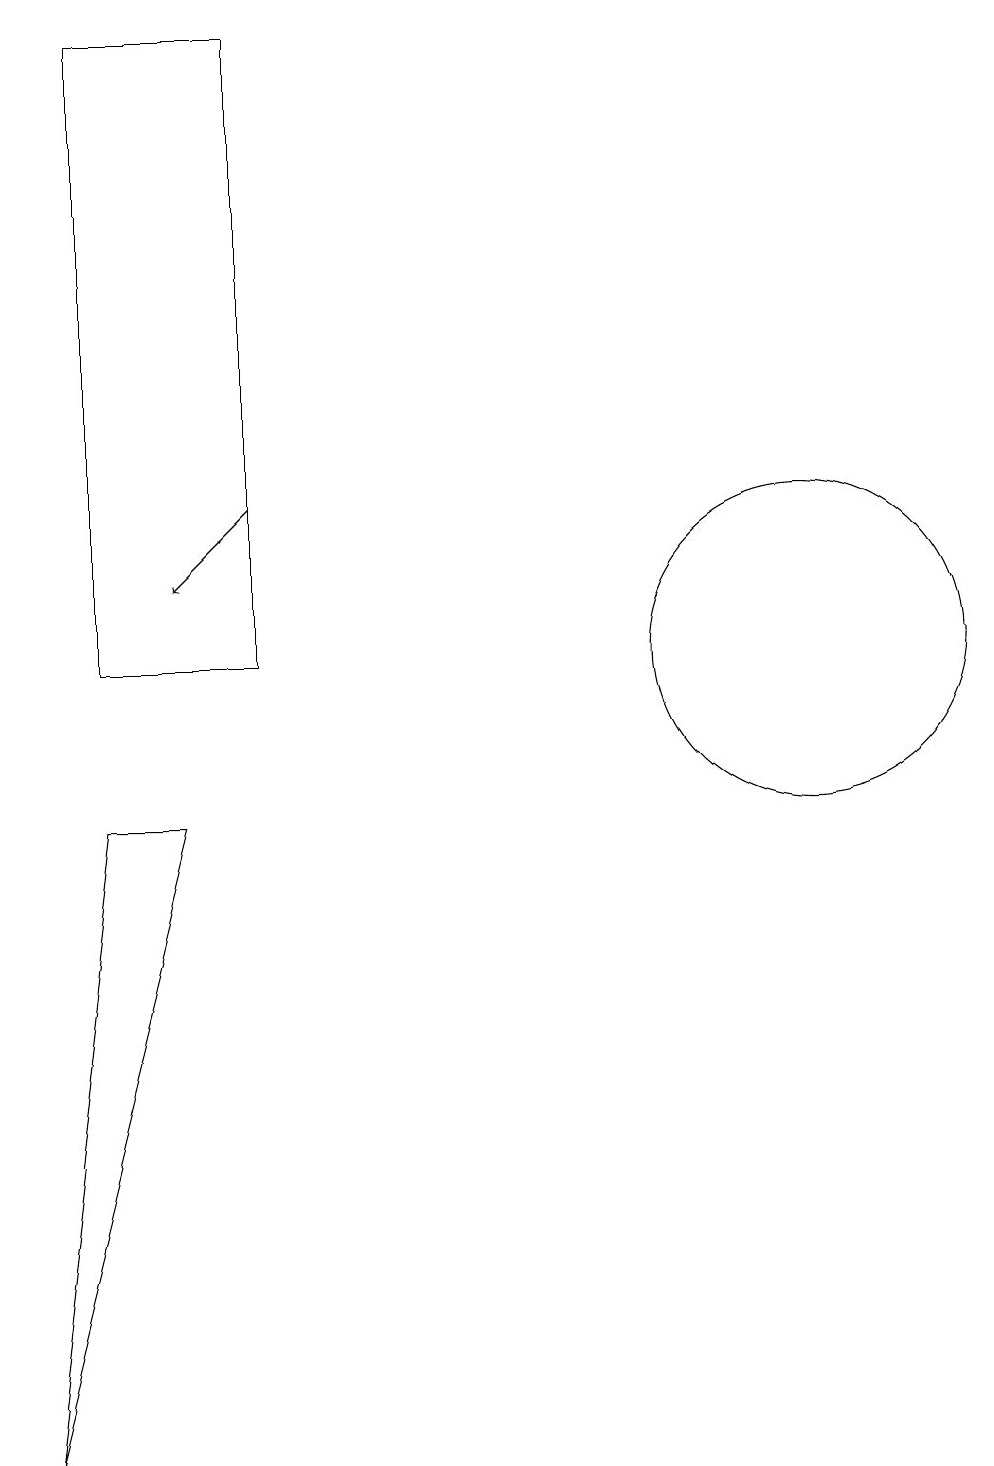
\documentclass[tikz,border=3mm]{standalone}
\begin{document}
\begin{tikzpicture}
\draw (3,10) rectangle (5,18);
\draw (12,10) circle (2);
\draw (3,8) -- (2,0) -- (4,8) -- cycle;
\draw[->] (5,12) -- (4,11);
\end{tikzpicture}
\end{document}